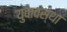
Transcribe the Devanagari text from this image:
युवावस्‍था